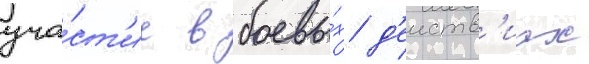
уча́ст'ие в боевы́х д'еиств'иах